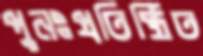
পুনঃপ্রতিষ্ঠিত